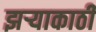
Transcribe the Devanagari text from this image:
झर्‍याकाठी